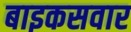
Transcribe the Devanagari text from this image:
बाइकसवार